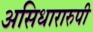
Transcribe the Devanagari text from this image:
असिधारारुपी